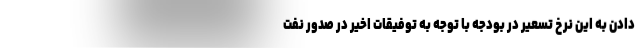
دادن به این نرخ تسعیر در بودجه با توجه به توفیقات اخیر در صدور نفت